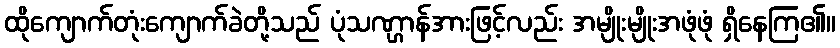
ထိုကျောက်တုံးကျောက်ခဲတို့သည် ပုံသဏ္ဌာန်အားဖြင့်လည်း အမျိုးမျိုးအဖုံဖုံ ရှိနေကြ၏။